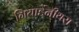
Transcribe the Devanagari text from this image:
गियार्डेनीयरा